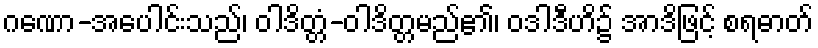
ဂဏော-အပေါင်းသည်၊ ဝါဒိတ္တံ-ဝါဒိတ္တမည်၏၊ ဝဒါဒီဟိ၌ အာဒိဖြင့် စရဓာတ်